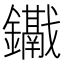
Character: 𨯱